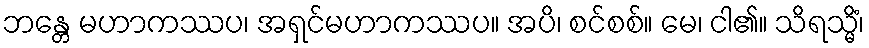
ဘန္တေ မဟာကဿပ၊ အရှင်မဟာကဿပ။ အပိ၊ စင်စစ်။ မေ၊ ငါ၏။ သိရသ္မိံ၊